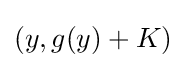
(y,g(y)+K)